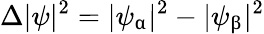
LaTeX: \Delta|\psi|^{2}=|\psi_{\upalpha}|^{2}-|\psi_{\upbeta}|^{2}